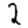
Digit: 2